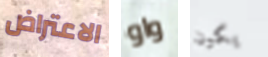
الاعتراض واو يكون